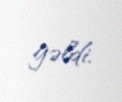
gəldi.